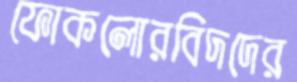
ফোকলোরবিদদের